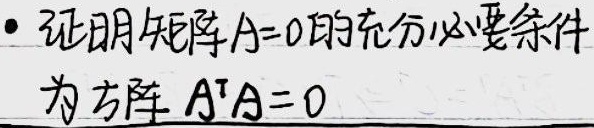
- 证明矩阵\(A = 0\)的充分必要条件为方阵\(A^{T}A = 0\)